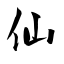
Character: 仙